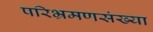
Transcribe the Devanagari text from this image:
परिभ्रमणसंख्या